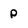
Character: p